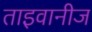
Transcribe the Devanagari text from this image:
ताइवानीज